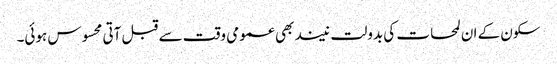
سکون کے ان لمحات کی بدولت نیند بھی عمومی وقت سے قبل آتی محسوس ہوئی۔